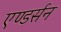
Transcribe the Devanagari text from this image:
एण्डर्सन